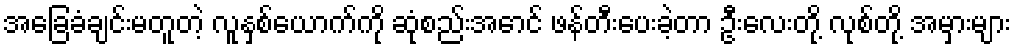
အခြေခံချင်းမတူတဲ့ လူနှစ်ယောက်ကို ဆုံစည်းအောင် ဖန်တီးပေးခဲ့တာ ဦးလေးတို့ လုစ်တို့ အမှားများ